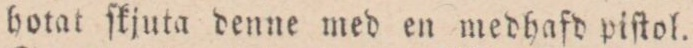
hotat ſkjuta denne med en medhafd piſtol.